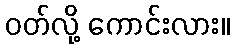
ဝတ်လို့ ကောင်းလား။